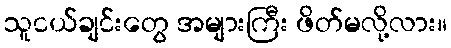
သူငယ်ချင်းတွေ အများကြီး ဖိတ်မလို့လား။